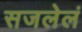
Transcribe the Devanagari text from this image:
सजलेलं